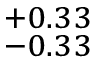
^ { + 0 . 3 3 } _ { - 0 . 3 3 }